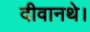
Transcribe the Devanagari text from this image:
दीवानथे।